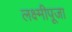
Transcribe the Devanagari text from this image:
लक्ष्मीपूजा